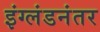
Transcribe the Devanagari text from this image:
इंग्लंडनंतर